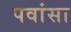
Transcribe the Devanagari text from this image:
पवांसा